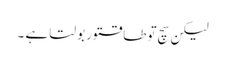
لیکن سچ توطاقتور بولتا ہے ۔